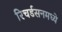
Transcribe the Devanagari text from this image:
रिचर्डसनमध्ये